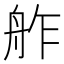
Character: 舴